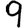
Digit: 9